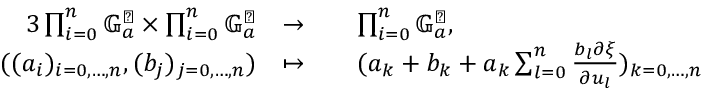
\begin{array} { r l r l } { { 3 } \textstyle \prod _ { i = 0 } ^ { n } \mathbb { G } _ { a } ^ { \sharp } \times \prod _ { i = 0 } ^ { n } \mathbb { G } _ { a } ^ { \sharp } } & { \to } & & { \textstyle \prod _ { i = 0 } ^ { n } \mathbb { G } _ { a } ^ { \sharp } , } \\ { ( ( a _ { i } ) _ { i = 0 , \dots , n } , ( b _ { j } ) _ { j = 0 , \dots , n } ) } & { \mapsto } & & { ( a _ { k } + b _ { k } + a _ { k } \textstyle \sum _ { l = 0 } ^ { n } \frac { b _ { l } \partial \xi } { \partial u _ { l } } ) _ { k = 0 , \dots , n } } \end{array}